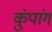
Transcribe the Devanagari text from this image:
कुंपांग